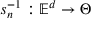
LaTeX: s _ { n } ^ { - 1 } : \mathbb { E } ^ { d } \to \Theta